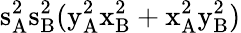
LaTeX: \mathrm{s_{A}^{2}\mathrm{s_{B}^{2}(\mathrm{y_{A}^{2}\mathrm{x_{B}^{2}+\mathrm{x_{A}^{2}\mathrm{y_{B}^{2})}}}}}}